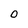
Character: 0